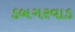
ડબગરવાડ